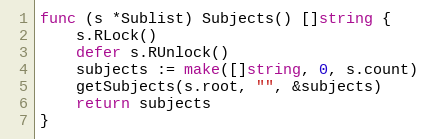
Language: Go
func (s *Sublist) Subjects() []string {
	s.RLock()
	defer s.RUnlock()
	subjects := make([]string, 0, s.count)
	getSubjects(s.root, "", &subjects)
	return subjects
}